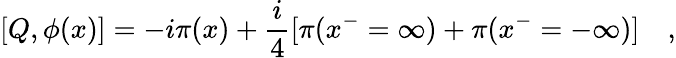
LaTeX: [Q,\phi(x)]=-i\pi(x)+\frac{i}{4}[\pi(x^{-}=\infty)+\pi(x^{-}=-\infty)]\quad,